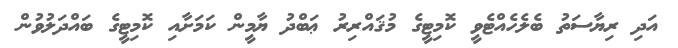
އަދި ރިޔާސަތު ބެލެހެއްޓެވީ ކޮމިޓީގެ މުޤައްރިރު ޢަބްދު ޔާމީން ކަމަށާއި ކޮމިޓީގެ ބައްދަލުވުން